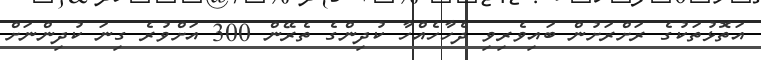
އަތޮޅުތަކުގެ ރަށްރަށުން ބައިވެރިވި ދެހާހެއްހާ ކުދިންގެ ތެރޭން 300 އަށްވުރެ ގިނަ ކުދިންނަށް